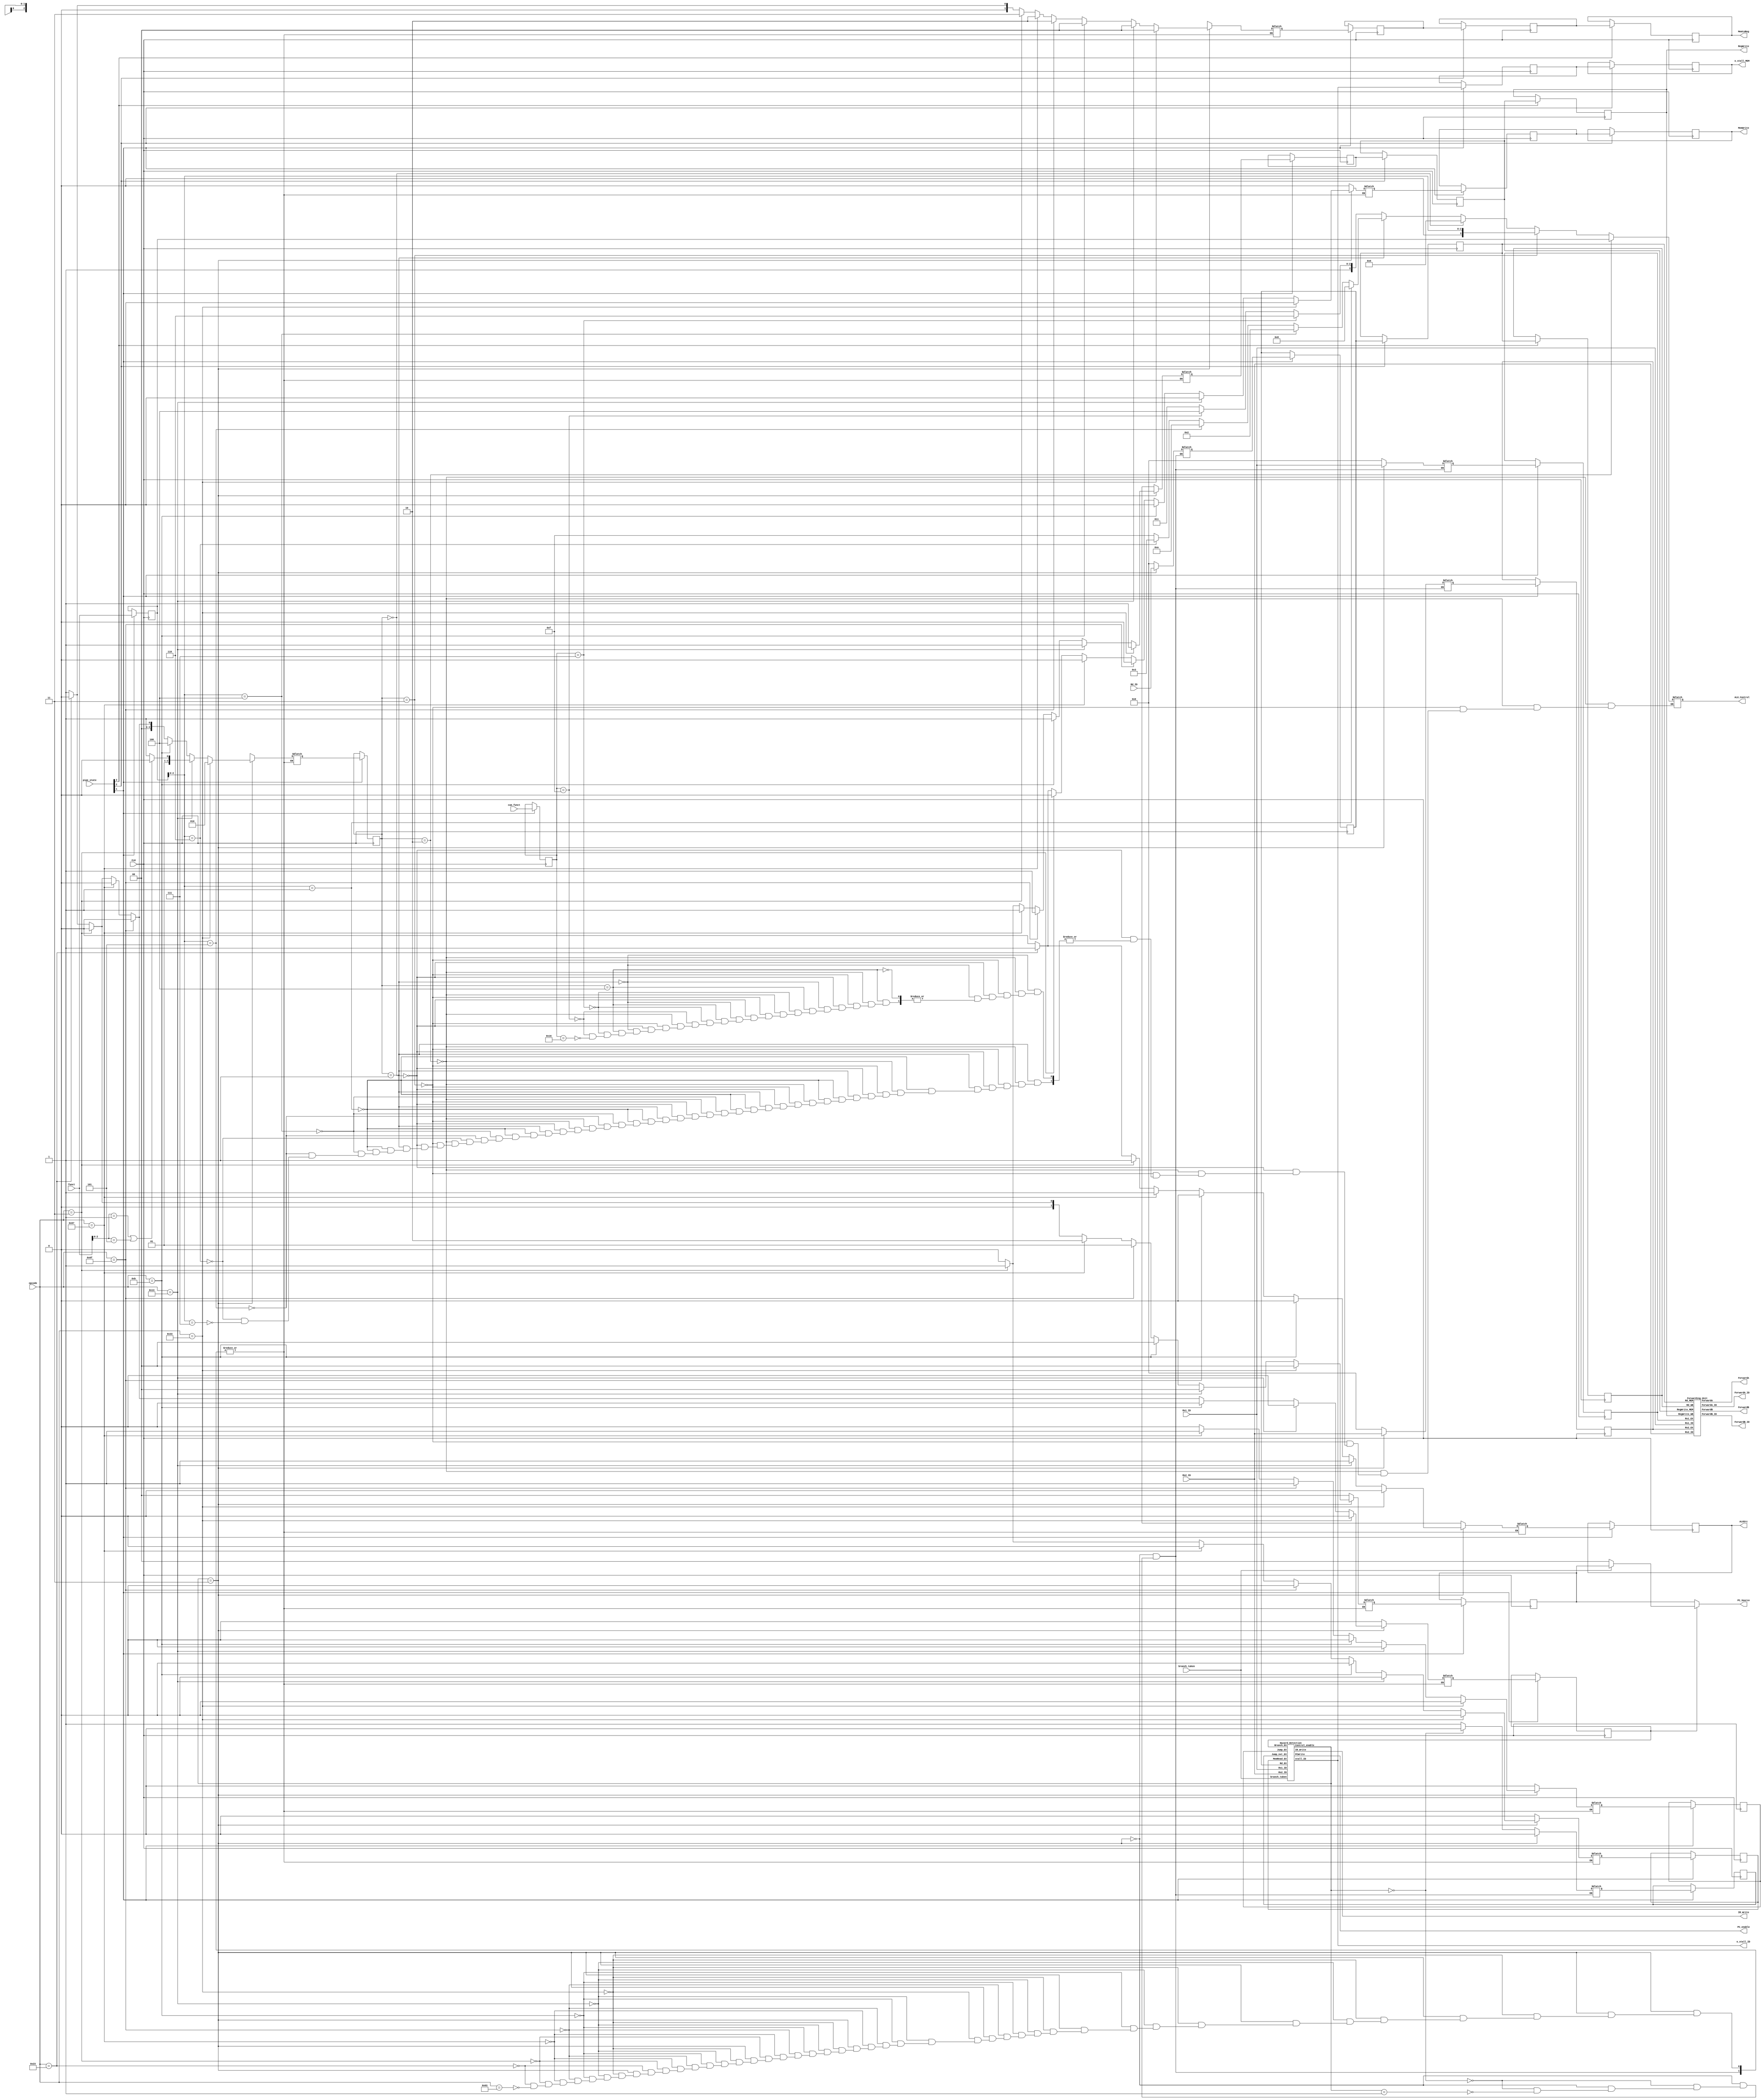
module pipe_control (
	input CLK,
	input [3:0] pipe_state,
	input [6:0] opcode,
	input wire [3:0] funct,
	input wire [4:0] cum_funct,
	input wire branch_taken,
	input [4:0] Rd_ID,
	input [4:0] Rs1_ID,
	input [4:0] Rs2_ID,

	output wire PC_enable, 
	output wire IR_Write,  
	output wire RegWrite,
	output wire ALUSrc,
	output reg [3:0] ALU_Control,
	output reg [1:0] PC_Source,
	output wire MemWrite,
	output wire [1:0] MemtoReg,
	output wire [1:0] ForwardA,
	output wire [1:0] ForwardB,
	output wire ForwardA_ID,
	output wire ForwardB_ID,
	output wire o_stall_MEM,
	output wire o_stall_ID
);

	reg RegWrite_ID, RegWrite_EX, RegWrite_MEM, RegWrite_WB;
	reg ALUSrc_ID, ALUSrc_EX;
	reg [2:0] ALUOp_ID, ALUOp_EX;
	wire [2:0] ALUOp;
	reg [1:0] PC_Source_ID, PC_Source_EX, PC_Source_MEM;
	reg MemWrite_ID, MemWrite_EX, MemWrite_MEM;
	reg [1:0] MemtoReg_ID, MemtoReg_EX, MemtoReg_MEM, MemtoReg_WB;
	reg MemRead_EX, MemRead_ID;
	wire stall_ID;
	reg stall_EX, stall_MEM, stall_WB;
	wire [1:0] Control_enable;
	reg [3:0] funct_nxt;
	reg [4:0] cum_funct_nxt;
	reg Jump_ID, Jump_EX, Jump_nxt_ID, Jump_nxt_EX;
	reg Branch_ID, Branch_EX;	
	reg [4:0] Rs1_ID_nxt, Rs1_EX, Rs2_ID_nxt, Rs2_EX;
	reg [4:0] Rd_ID_nxt, Rd_EX, Rd_MEM, Rd_WB;
	
	initial begin
		MemRead_EX <= 0;
		PC_Source_EX <= 0;
		Jump_EX <= 0;
		Jump_nxt_EX <= 0;
		RegWrite_WB <= 0;
	end

	assign ALUOp = ALUOp_EX;
	assign RegWrite = RegWrite_WB;
	assign ALUSrc = ALUSrc_EX;
	assign MemWrite = MemWrite_MEM;
	assign MemtoReg = MemtoReg_WB;
	assign o_stall_MEM = stall_MEM;
	assign o_stall_ID = stall_ID;
	always @(*) begin
		if(Branch_EX) begin
			if(branch_taken)
				PC_Source = PC_Source_EX;
			else PC_Source = 2'b00;
		end
		else begin
			PC_Source = PC_Source_EX;
		end
	end

	always @(*) begin //decode the ALUOp and funct, generate ALU_Control
		if(ALUOp[2:0] == 3'b010) //R-type
			ALU_Control[3:0] = funct_nxt[3:0];
		else if(ALUOp[2:0] == 3'b011) //I-type
			ALU_Control[3:0] = {1'b0,funct_nxt[2:0]};
		else if(ALUOp[2:0] == 3'b000) //L-type and S-type and JALR
			ALU_Control[3:0] = 4'b0000; // -->ADD
		else if(ALUOp[2:0] == 3'b001) begin//B-type
			if(funct_nxt[2:0] == 3'b001)
				ALU_Control[3:0] = 4'b1000; //BEQ --> SUB1
			else if(funct_nxt[2:0] == 3'b001)
				ALU_Control[3:0] = 4'b1001; //BNE --> SUB2
			else if(funct_nxt[2:0] == 3'b100)
				ALU_Control[3:0] = 4'b0010; //BLT --> SLT
			else if(funct_nxt[2:0] == 3'b101)
				ALU_Control[3:0] = 4'b1010; // BGE 
			else if(funct_nxt[2:0] == 3'b110)
				ALU_Control[3:0] = 4'b0011; // BLTU --> SLTU
			else if(funct_nxt[2:0] == 3'b111)
				ALU_Control[3:0] = 4'b1111; //BGEU
		end
		else if(ALUOp[2:0] == 3'b100) begin
			if(cum_funct_nxt[4:0] == 5'b00111)
				ALU_Control[3:0] = 4'b1110;
			else if(cum_funct_nxt[4:0] == 5'b01111)
				ALU_Control[3:0] = 4'b1100;
			else if(cum_funct_nxt[4:0] == 5'b10110)
				ALU_Control[3:0] = 4'b1011;
		end
	end

	always @(*) begin
		if(Control_enable == 2'b11) begin
			//stall_ID = 0;
			Rs1_ID_nxt = Rs1_ID;
			Rs2_ID_nxt = Rs2_ID;
			Rd_ID_nxt = Rd_ID;
			Jump_nxt_ID = 0;
			if(opcode == 7'b0110011) begin//R-type
				ALUOp_ID = 3'b010;
				PC_Source_ID  = 2'b00;
				RegWrite_ID  = 1;
				ALUSrc_ID  = 0;
				MemtoReg_ID  = 2'b00;
				MemWrite_ID  = 0;
				MemRead_ID = 0;
				Jump_ID = 0;
				Branch_ID = 0;
			end
			else if(opcode == 7'b0010011) begin //I-type
				PC_Source_ID  = 2'b00;
				RegWrite_ID  = 1;
				ALUSrc_ID  = 1;
				MemtoReg_ID  = 2'b00;
				MemWrite_ID  = 0;
				MemRead_ID = 0;
				Jump_ID = 0;
				Branch_ID = 0;
				if(funct[2:0] == 3'b001 | funct[2:0] == 3'b101)
					ALUOp_ID  = 3'b010;
				else ALUOp_ID = 3'b011;
			end
			else if(opcode == 7'b0001011) begin //custom type
				PC_Source_ID  = 2'b00;
				ALUSrc_ID  = 0;
				MemWrite_ID  = 0;
				MemtoReg_ID  = 2'b00;
				ALUOp_ID  = 3'b100;
				RegWrite_ID = 1;
				MemRead_ID = 0;
				Jump_ID = 0;
				Branch_ID = 0;
			end
			else if(opcode == 7'b1101111) begin //JAL
				PC_Source_ID  = 2'b01;
				RegWrite_ID  = 1;
				ALUSrc_ID  = 0;
				MemWrite_ID  = 0;
				MemtoReg_ID  = 2'b10;
				ALUOp_ID  = 3'b000;
				MemRead_ID = 0;
				Jump_ID = 1;
				Branch_ID = 0;
			end
			else if(opcode == 7'b1100111) begin //JALR
				PC_Source_ID  = 2'b10;
				RegWrite_ID  = 1;
				ALUSrc_ID  = 1;  // Reg + Imm
				MemWrite_ID  = 0;
				MemtoReg_ID  = 2'b10;
				ALUOp_ID  = 3'b000;
				MemRead_ID = 0;
				Jump_ID = 1;
				Branch_ID = 0;
			end
			else if(opcode == 7'b0000011) begin //Load
				PC_Source_ID  = 2'b00;
				RegWrite_ID  = 1;
				ALUSrc_ID  = 1;
				MemWrite_ID  = 0;
				MemtoReg_ID  = 2'b11;
				ALUOp_ID  = 3'b000;
				MemRead_ID = 1;
				Jump_ID = 0;
				Branch_ID = 0;
			end
			else if(opcode == 7'b0100011) begin //store
				PC_Source_ID  = 2'b00;
				RegWrite_ID  = 0;
				ALUSrc_ID  = 1;
				MemWrite_ID  = 1;
				MemtoReg_ID  = 2'b00;
				ALUOp_ID  = 3'b000;
				MemRead_ID = 0;
				Jump_ID = 0;
				Branch_ID = 0;
			end
			else if(opcode == 7'b1100011) begin//Branch
				PC_Source_ID  = 2'b01;  // PC + Imm
				RegWrite_ID  = 0;
				ALUSrc_ID  = 0;
				MemWrite_ID  = 0;
				MemtoReg_ID  = 2'b01;
				ALUOp_ID  = 3'b001;
				MemRead_ID = 0;
				Jump_ID = 0;
				Branch_ID = 1;
			end
		end
		else if(Control_enable == 2'b00) begin
			PC_Source_ID  = 2'b00;
			RegWrite_ID  = 1'bx;
			ALUSrc_ID  = 1'bx;
			MemWrite_ID  = 1'b0;
			MemRead_ID = 0;
			MemtoReg_ID  = 2'bxx;
			ALUOp_ID  = 3'bxxx;
			//stall_ID = 1;
			Jump_ID = 0;
			Jump_nxt_ID = 0;
			Branch_ID = 0;
			Rs1_ID_nxt = 5'b00000;
			Rs2_ID_nxt = 5'b00000;
			Rd_ID_nxt = 5'b00000;
		end
		else if(Control_enable == 2'b01) begin
			PC_Source_ID  = 2'b00;
			RegWrite_ID  = 1'bx;
			ALUSrc_ID  = 1'bx;
			MemWrite_ID  = 1'b0;
			MemRead_ID = 0;
			MemtoReg_ID  = 2'bxx;
			ALUOp_ID  = 3'bxxx;
			Jump_ID = 0;
			//stall_ID = 1;
			Jump_nxt_ID = 1;
			Branch_ID = 0;
			Rs1_ID_nxt = 5'b00000;
			Rs2_ID_nxt = 5'b00000;
			Rd_ID_nxt = 5'b00000;
		end
	end
	
	always @(posedge CLK) begin
		if(pipe_state[1]) begin
			PC_Source_EX <= PC_Source_ID;
			RegWrite_EX <= RegWrite_ID; 
			ALUSrc_EX <= ALUSrc_ID;
			MemWrite_EX <= MemWrite_ID;
			MemtoReg_EX <= MemtoReg_ID;
			ALUOp_EX <= ALUOp_ID;
			MemRead_EX <= MemRead_ID;
			stall_EX <= stall_ID;
			funct_nxt <= funct;
			cum_funct_nxt <= cum_funct;
			Jump_EX <= Jump_ID;
			Jump_nxt_EX <= Jump_nxt_ID;
			Rs1_EX <= Rs1_ID_nxt;
			Rs2_EX <= Rs2_ID_nxt;
			Rd_EX <= Rd_ID_nxt;
			Branch_EX <= Branch_ID;
		end
	end

	always @(posedge CLK) begin
		if(pipe_state[2]) begin
			PC_Source_MEM <= PC_Source_EX;
			RegWrite_MEM <= RegWrite_EX; 
			MemWrite_MEM <= MemWrite_EX;
			MemtoReg_MEM <= MemtoReg_EX;
			stall_MEM <= stall_EX;
			Rd_MEM <= Rd_EX;
		end
	end

	always @(posedge CLK) begin
		if(pipe_state[3]) begin
			MemtoReg_WB <= MemtoReg_MEM;
			RegWrite_WB <= RegWrite_MEM;
			stall_WB <= stall_MEM;
			Rd_WB <= Rd_MEM;
		end
	end

	Hazard_Detection Harzard_Detection(
		.MemRead_EX (MemRead_EX),
		.Rd_EX (Rd_EX),
		.Rs1_ID (Rs1_ID),
		.Rs2_ID (Rs2_ID),
		.Jump_EX (Jump_EX),
		.Jump_nxt_EX (Jump_nxt_EX),
		.Branch_EX (Branch_EX),
		.branch_taken (branch_taken),
		.PCWrite (PC_enable),
		.IR_Write (IR_Write),
		.Control_enable (Control_enable),
		.stall_ID (stall_ID)
	);
	
	Forwarding_Unit Forwarding_Unit(
		.Rd_WB (Rd_WB),
		.Rd_MEM (Rd_MEM),
		.Rs1_EX (Rs1_EX),
		.Rs2_EX (Rs2_EX),
		.Rs1_ID (Rs1_ID),
		.Rs2_ID (Rs2_ID),
		.RegWrite_WB (RegWrite_WB),
		.RegWrite_MEM (RegWrite_MEM),
		.ForwardA (ForwardA),
		.ForwardB (ForwardB),
		.ForwardA_ID (ForwardA_ID),
		.ForwardB_ID (ForwardB_ID)
	);

endmodule

module Hazard_Detection(
	input MemRead_EX,
	input [4:0] Rd_EX,
	input [4:0] Rs1_ID,
	input [4:0] Rs2_ID,
	input Jump_EX,
	input Jump_nxt_EX,
	input Branch_EX,
	input branch_taken,
	output reg [1:0] Control_enable,
	output reg PCWrite,
	output reg IR_Write,
	output reg stall_ID
);
	always @(*) begin
		if(MemRead_EX & ((Rd_EX == Rs1_ID) | (Rd_EX == Rs2_ID))) begin // if load instruction face the data harzard, stall for 1 cycle
			PCWrite = 0;
			IR_Write = 0;
			Control_enable = 2'b00;
			stall_ID = 1;
		end
		else if(Jump_EX) begin // Jump instruction: stall for 2 cycles
			PCWrite = 1;   // This part is used to enable the first stall cycle
			IR_Write = 1;
			Control_enable = 2'b01;
			stall_ID = 1;
		end
		else if(Jump_nxt_EX) begin  // after the first stall cycle, continue the second stall cycle (for branch taken and jump)
			PCWrite = 1;
			IR_Write = 1;
			Control_enable = 2'b00;
			stall_ID = 1;
		end
		else if(branch_taken & Branch_EX) begin // always-not-taken branch perdictor
			PCWrite = 1;                    // if branch is taken, stall for 2 cycles
			IR_Write = 1;                   // if branch is taken, stall will be started when the branch instruction is in the EX stage, the following 2 instructions will be discarded
			Control_enable = 2'b01;
			stall_ID = 1;
		end
		else begin
			PCWrite = 1;                 // if branch is not taken, or for the normal instructions, execute the next instruction(PC+4)
			IR_Write = 1;                // since the 2 instruction that behind the branch instruction is already in the IF stage and ID stage, there will be no stall if branch is not taken
			Control_enable = 2'b11;
			stall_ID = 0;
		end
	end
endmodule

module Forwarding_Unit(    // Forwarding Unit
	input [4:0] Rd_WB,
	input [4:0] Rd_MEM,
	input [4:0] Rs1_ID,
	input [4:0] Rs2_ID,
	input [4:0] Rs1_EX,
	input [4:0] Rs2_EX,
	input RegWrite_WB,
	input RegWrite_MEM,
	output reg [1:0] ForwardA,
	output reg [1:0] ForwardB,
	output reg ForwardA_ID,
	output reg ForwardB_ID
);
	always @(*) begin
		if(RegWrite_MEM & (Rd_MEM != 5'b00000) & (Rd_MEM == Rs1_EX))
			ForwardA = 2'b10;
		else if(RegWrite_WB & (Rd_WB != 5'b00000) & ~(RegWrite_MEM & (Rd_MEM != 5'b00000) & (Rd_MEM == Rs1_EX)) & (Rd_WB == Rs1_EX))
			ForwardA = 2'b01;
		else ForwardA = 2'b00;

		if(RegWrite_MEM & (Rd_MEM != 5'b00000) & (Rd_MEM == Rs2_EX))
			ForwardB = 2'b10;
		else if(RegWrite_WB & (Rd_WB != 5'b00000) & ~(RegWrite_MEM & (Rd_MEM != 5'b00000) & (Rd_MEM == Rs2_EX)) & (Rd_WB == Rs2_EX))
			ForwardB = 2'b01;
		else ForwardB = 2'b00;
	
		if(RegWrite_WB & (Rd_WB != 5'b00000) & (Rd_WB == Rs1_ID))
			ForwardA_ID = 1;
		else ForwardA_ID = 0;
		
		if(RegWrite_WB & (Rd_WB != 5'b00000) & (Rd_WB == Rs2_ID))
			ForwardB_ID = 1;
		else ForwardB_ID = 0;	
	end
endmodule